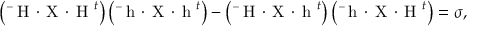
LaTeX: \left( \mathrm { \boldmath ~ \bar { ~ } H ~ } \! \cdot \! \mathrm { \boldmath ~ X ~ } \! \cdot \! \mathrm { \boldmath ~ H ~ } ^ { t } \right) \left( \mathrm { \boldmath ~ \bar { ~ } h ~ } \! \cdot \! \mathrm { \boldmath ~ X ~ } \! \cdot \! \mathrm { \boldmath ~ h ~ } ^ { t } \right) - \left( \mathrm { \boldmath ~ \bar { ~ } H ~ } \! \cdot \! \mathrm { \boldmath ~ X ~ } \! \cdot \! \mathrm { \boldmath ~ h ~ } ^ { t } \right) \left( \mathrm { \boldmath ~ \bar { ~ } h ~ } \! \cdot \! \mathrm { \boldmath ~ X ~ } \! \cdot \! \mathrm { \boldmath ~ H ~ } ^ { t } \right) = \sigma ,